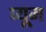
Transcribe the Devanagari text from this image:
प्यूम